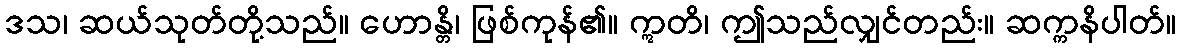
ဒသ၊ ဆယ်သုတ်တို့သည်။ ဟောန္တိ၊ ဖြစ်ကုန်၏။ ဣတိ၊ ဤသည်လျှင်တည်း။ ဆက္ကနိပါတ်။